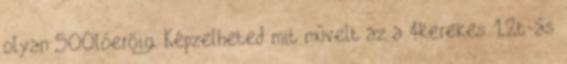
olyan 500lóerõig. Képzelheted mit mûvelt az a 4kerekes 1,2t-ás